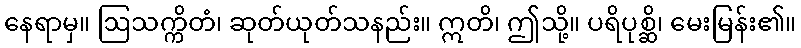
နေရာမှ။ ဩသက္ကိတံ၊ ဆုတ်ယုတ်သနည်း။ ဣတိ၊ ဤသို့။ ပရိပုစ္ဆိ၊ မေးမြန်း၏။